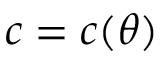
c = c ( { \theta } )